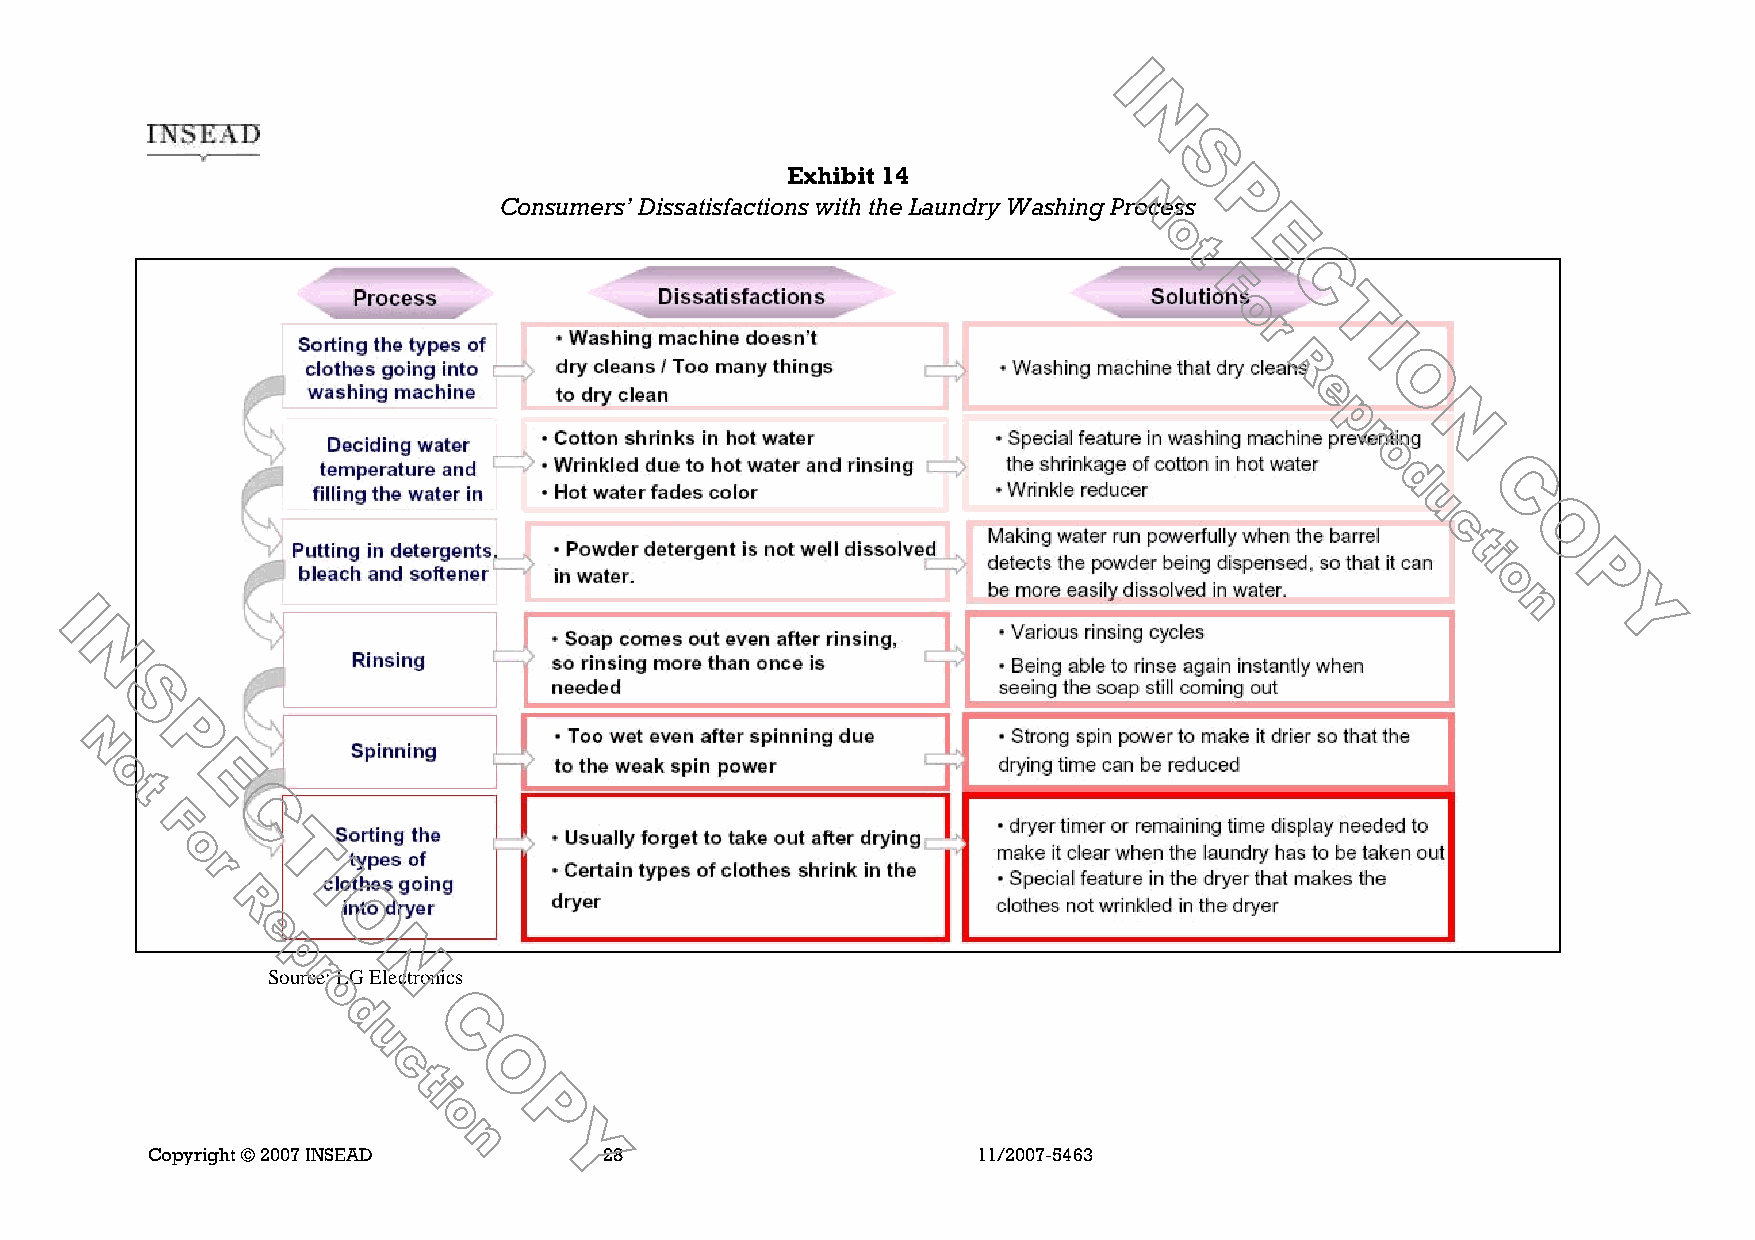
Exhibit 14
 Consumers’ Dissatisfactions with the Laundry Washing Process
 Source: LG Electronics
 Copyright © 2007 INSEAD       28                       11/2007-5463